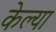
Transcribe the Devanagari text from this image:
केल्‍या